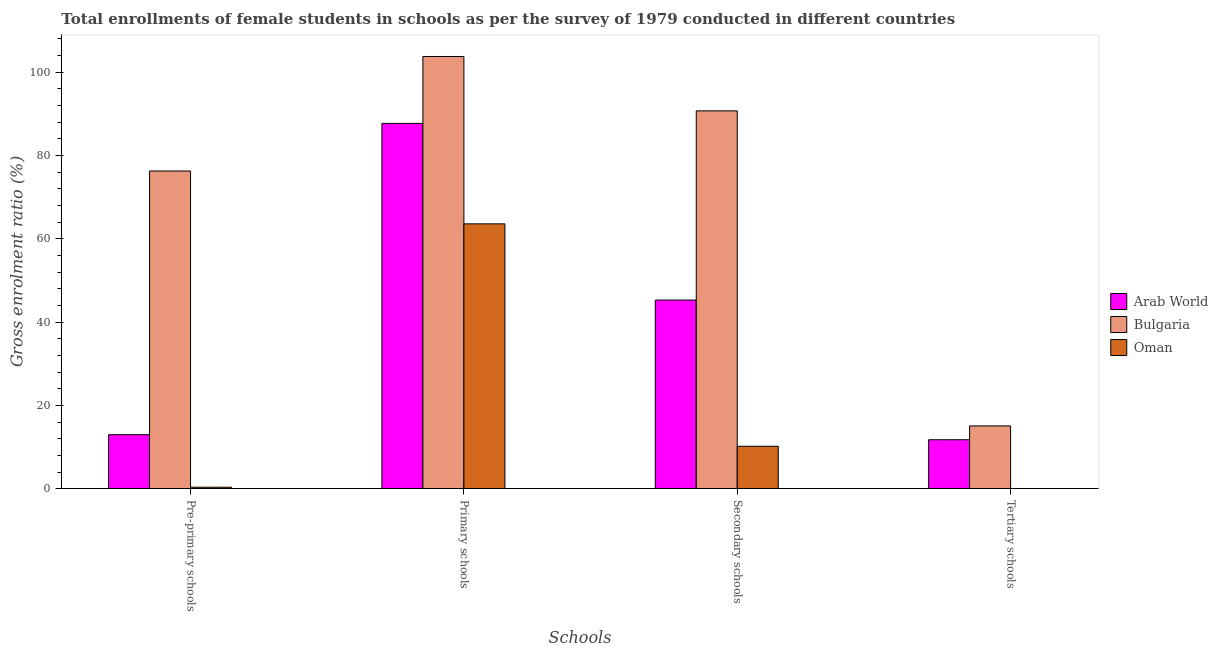
| Schools | Arab World | Bulgaria | Oman |
 | --- | --- | --- | --- |
 | Pre-primary schools | 13 | 76.3 | 0.343 |
 | Primary schools | 87.7 | 104 | 63.6 |
 | Secondary schools | 45.3 | 90.7 | 10.2 |
 | Tertiary schools | 11.7 | 15.1 | 0.0228 |